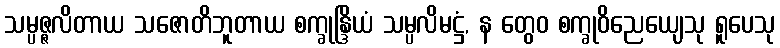
သမ္ပဇ္ဇလိတာယ သဇောတိဘူတာယ စက္ခုန္ဒြိယံ သမ္ပလိမဋ္ဌံ, န တွေဝ စက္ခုဝိညေယျေသု ရူပေသု